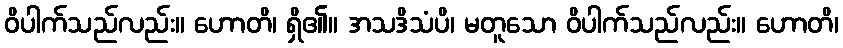
ဝိပါက်သည်လည်း။ ဟောတိ၊ ရှိ၏။ အသဒိသံပိ၊ မတူသော ဝိပါက်သည်လည်း။ ဟောတိ၊